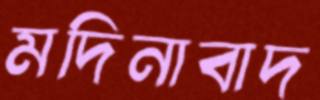
মদিনাবাদ